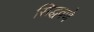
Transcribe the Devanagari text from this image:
सिद्धवणे